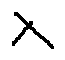
\lambda